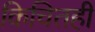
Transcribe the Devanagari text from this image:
किचितही